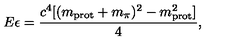
E \epsilon = \frac { c ^ { 4 } [ ( m _ { \mathrm { p r o t } } + m _ { \pi } ) ^ { 2 } - m _ { \mathrm { p r o t } } ^ { 2 } ] } { 4 } ,